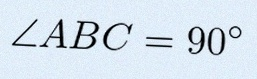
\angle ABC=90^\circ